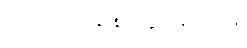
ဘယ်အချိန် သွားမှာလဲ။